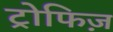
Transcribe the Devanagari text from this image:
ट्रोफिज़